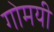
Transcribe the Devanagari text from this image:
गोमयी